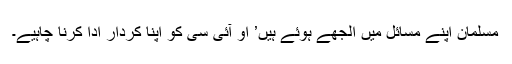
مسلمان اپنے مسائل میں الجھے ہوئے ہیں’ او آئی سی کو اپنا کردار ادا کرنا چاہیے۔